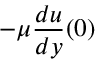
- \mu { \frac { d u } { d y } } ( 0 )